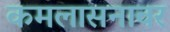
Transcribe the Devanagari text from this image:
कमलासनावर